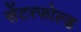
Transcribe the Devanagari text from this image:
सेंटरफोल्ड